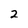
Character: 2